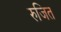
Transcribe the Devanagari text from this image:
रुजित